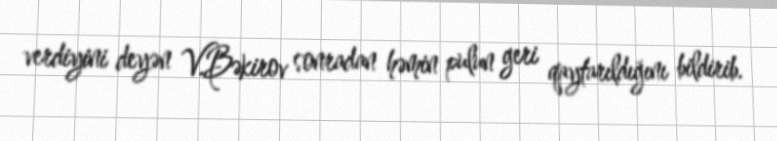
verdiyini deyən V.Bəkirov sonradan həmin pulun geri qaytarıldığını bildirib.